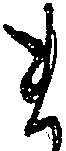
ま